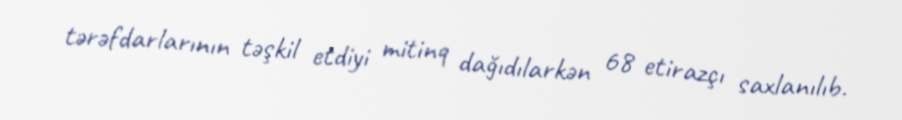
tərəfdarlarının təşkil etdiyi mitinq dağıdılarkən 68 etirazçı saxlanılıb.